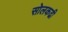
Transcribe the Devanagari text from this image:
सोलकढी